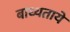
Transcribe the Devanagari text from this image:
बाध्यतायें